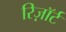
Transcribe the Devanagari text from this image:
रिज़ाॅर्ट